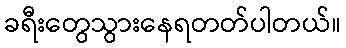
ခရီးတွေသွားနေရတတ်ပါတယ်။